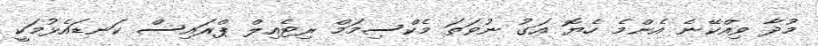
މުދާ ވިއްކޭނެ އެންމެ ހެޔޮ އަގު ނުވަތަ މެކްސިމަމް ރިޓެއިލް ޕްރައިސް ކަނޑައެޅުމަކީ